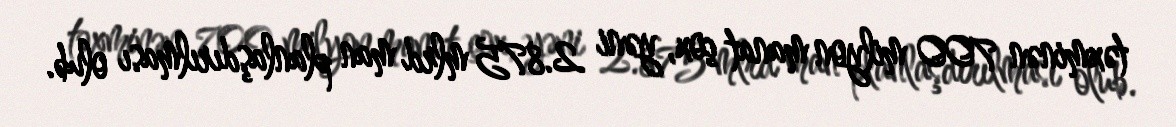
təxminən 700 milyon manat çox, yəni 2.875 mlrd man planlaşdırılması olub.